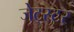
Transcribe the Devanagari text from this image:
जेट्स्टर